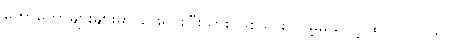
တော်တော်များများမှာ ဖြေရှင်းပြီးသား ဖြစ်သွား လိမ့်မယ်လို့ ထင်ပါ တယ်။